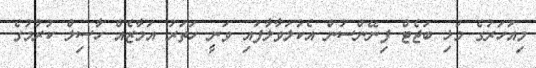
މިއަހަރުގެ މުޅި ބަޖެޓް ފިނޭންސުން އެކުލަވާލާފައި ވަނީ ހަތަރު އަމާޒެއް ހާސިލް ކުރުމުގެ